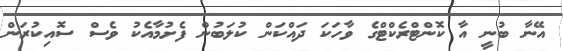
އޭނާ ބުނީ އާ ކޮންޓްރެކްޓްގެ ވާހަކަ ދައްކަން ކުލަބުން ފެށުމާއެކު ވެސް ސޮއިކުރަން